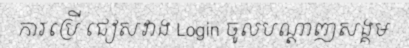
ការប្រើ ជៀសវាង Login ចូលបណ្តាញសង្គម